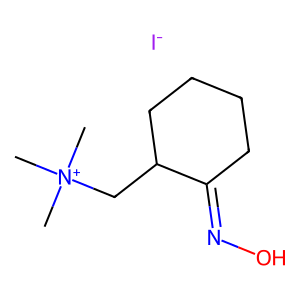
SMILES: C[N+](C)(C)CC1CCCCC1=NO.[I-]
Inhibits HIV replication: No